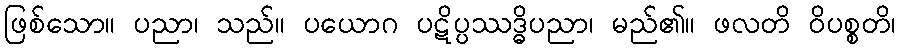
ဖြစ်သော။ ပညာ၊ သည်။ ပယောဂ ပဋိပ္ပဿဒ္ဓိပညာ၊ မည်၏။ ဖလတိ ဝိပစ္စတိ၊